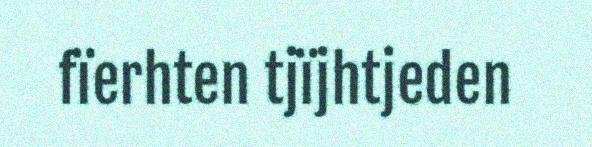
fïerhten tjïjhtjeden